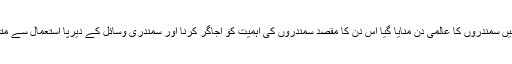
جمعہ کو پاک بحریہ میں سمندروں کا عالمی دن منایا گیا اس دن کا مقصد سمندروں کی اہمیت کو اجاگر کرنا اور سمندری وسائل کے دیرپا استعمال سے متعلق آگہی پیدا کرنا ہے۔